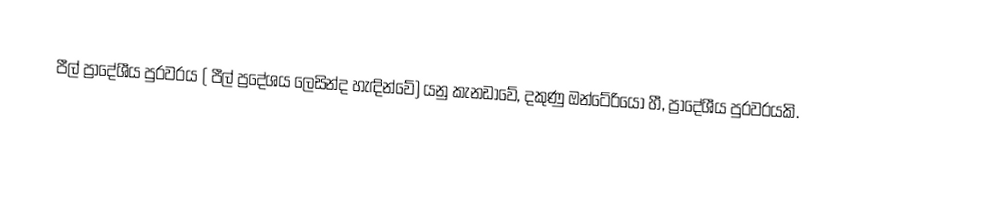
පීල් ප්‍රාදේශීය පුරවරය ( පීල් ප්‍රදේශය ලෙසින්ද හැඳින්වේ) යනු කැනඩාවේ, දකුණු ඔන්ටේරියෝ හී,  ප්‍රාදේශීය පුරවරයකි.